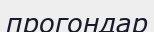
прогондар